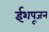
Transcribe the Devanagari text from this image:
ईशपूजन